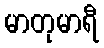
မာတုမာရီ